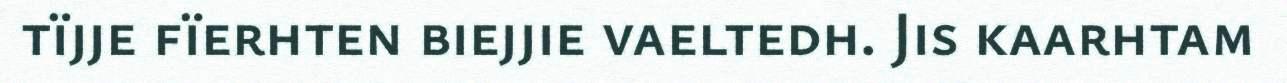
tïjje fïerhten biejjie vaeltedh. Jis kaarhtam